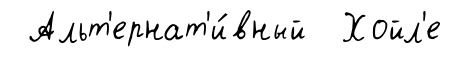
Альт'ернат'и́вный Хойл'е